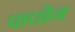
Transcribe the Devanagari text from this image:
पाचोन